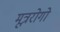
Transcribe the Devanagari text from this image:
मूत्ररोगो